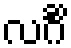
လင်္ဂိံ